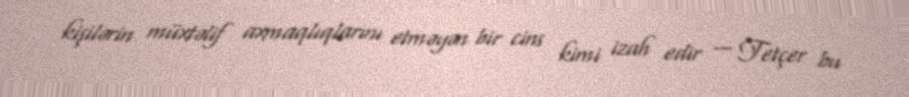
kişilərin müxtəlif axmaqlıqlarını etməyən bir cins kimi izah edir — Tetçer bu